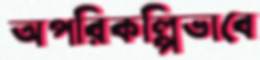
অপরিকল্পিভাবে